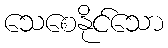
သေစေနိုင်သော